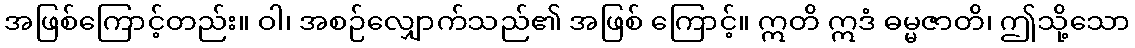
အဖြစ်ကြောင့်တည်း။ ဝါ၊ အစဉ်လျှောက်သည်၏ အဖြစ် ကြောင့်။ ဣတိ ဣဒံ ဓမ္မဇာတိ၊ ဤသို့သော